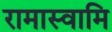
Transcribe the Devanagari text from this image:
रामास्वामि